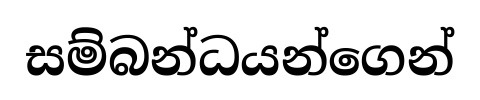
සම්බන්ධයන්ගෙන්